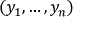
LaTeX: ( y _ { 1 } , \ldots , y _ { n } )